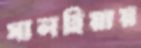
সালহিয়ায়